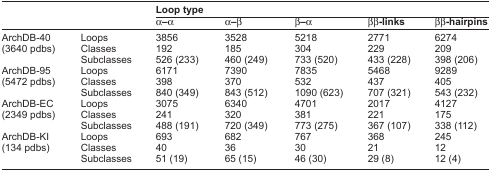
<table><thead><tr><td rowspan="2"></td><td rowspan="2"></td><td colspan="5"><b>Loop type</b></td></tr><tr><td><b>α–α</b></td><td><b>α–β</b></td><td><b>β–α</b></td><td><b>ββ-links</b></td><td><b>ββ-hairpins</b></td></tr></thead><tbody><tr><td rowspan="3">ArchDB-40 (3640 pdbs)</td><td>Loops</td><td>3856</td><td>3528</td><td>5218</td><td>2771</td><td>6274</td></tr><tr><td>Classes</td><td>192</td><td>185</td><td>304</td><td>229</td><td>209</td></tr><tr><td>Subclasses</td><td>526 (233)</td><td>460 (249)</td><td>733 (520)</td><td>433 (228)</td><td>398 (206)</td></tr><tr><td rowspan="3">ArchDB-95 (5472 pdbs)</td><td>Loops</td><td>6171</td><td>7390</td><td>7835</td><td>5468</td><td>9289</td></tr><tr><td>Classes</td><td>398</td><td>370</td><td>532</td><td>437</td><td>405</td></tr><tr><td>Subclasses</td><td>840 (349)</td><td>843 (512)</td><td>1090 (623)</td><td>707 (321)</td><td>543 (232)</td></tr><tr><td rowspan="3">ArchDB-EC (2349 pdbs)</td><td>Loops</td><td>3075</td><td>6340</td><td>4701</td><td>2017</td><td>4127</td></tr><tr><td>Classes</td><td>241</td><td>320</td><td>381</td><td>221</td><td>175</td></tr><tr><td>Subclasses</td><td>488 (191)</td><td>720 (349)</td><td>773 (275)</td><td>367 (107)</td><td>338 (112)</td></tr><tr><td rowspan="3">ArchDB-KI (134 pdbs)</td><td>Loops</td><td>693</td><td>682</td><td>767</td><td>368</td><td>245</td></tr><tr><td>Classes</td><td>40</td><td>36</td><td>30</td><td>21</td><td>12</td></tr><tr><td>Subclasses</td><td>51 (19)</td><td>65 (15)</td><td>46 (30)</td><td>29 (8)</td><td>12 (4)</td></tr></tbody></table>